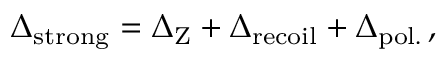
\Delta _ { \mathrm { s t r o n g } } = \Delta _ { \mathrm { Z } } + \Delta _ { \mathrm { r e c o i l } } + \Delta _ { \mathrm { p o l . } } \, ,